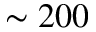
\sim 2 0 0